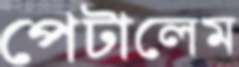
পেটালেম